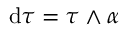
\mathrm { d } \tau = \tau \wedge \alpha